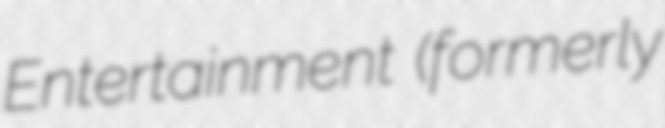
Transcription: Entertainment (formerly